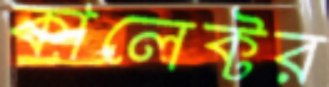
কালেক্টর